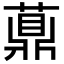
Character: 薡